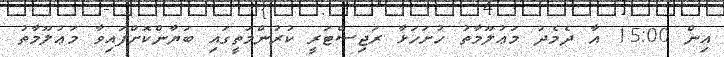
އިން 15:00 އާ ދެމެދު މަޢުލޫމާތު ހުށަހަޅާ ރަޖިސްޓަރީ ކުރުންމަތީގައި ބަޔާންކޮށްފައިވާ މަޢުލޫމާތު